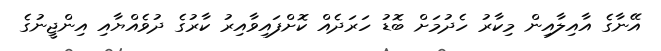
އޭނާގެ އާއިލާއިން މިކާރު ހެދުމަށް ބޮޑު ހަރަދެއް ކޮށްފައިވާއިރު ކާރުގެ ދުވެއްޔާއި އިންޖީނުގެ